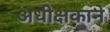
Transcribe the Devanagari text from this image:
अधीक्षकाने